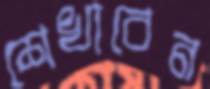
শেখাবেন